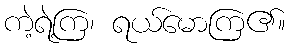
ကဲ့ရဲ့ကြ၊ ရယ်မောကြ၏။